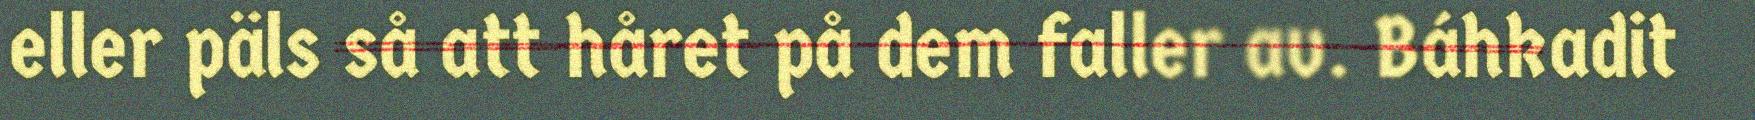
eller päls så att håret på dem faller av. Báhkadit